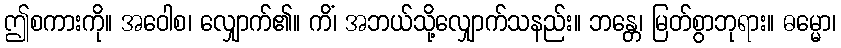
ဤစကားကို။ အဝေါစ၊ လျှောက်၏။ ကိံ၊ အဘယ်သို့လျှောက်သနည်း။ ဘန္တေ၊ မြတ်စွာဘုရား။ ဓမ္မော၊